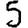
Digit: 5